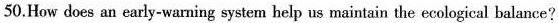
50.How does an early-warning system help us maintain the ecological balance?